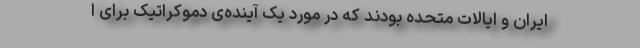
ایران و ایالات متحده بودند که در مورد یک آینده‌ی دموکراتیک برای ا